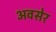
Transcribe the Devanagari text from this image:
अवसेर